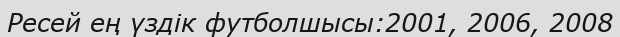
Ресей ең үздік футболшысы:2001, 2006, 2008